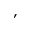
,